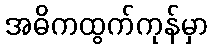
အဓိကထွက်ကုန်မှာ